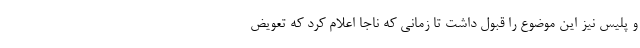
و پلیس نیز این موضوع را قبول داشت تا زمانی که ناجا اعلام کرد که تعویض